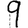
Digit: 9